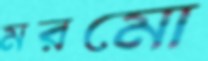
মরমো